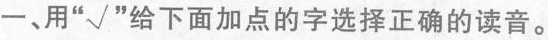
一、用”√”给下面加点的字选择正确的读音。